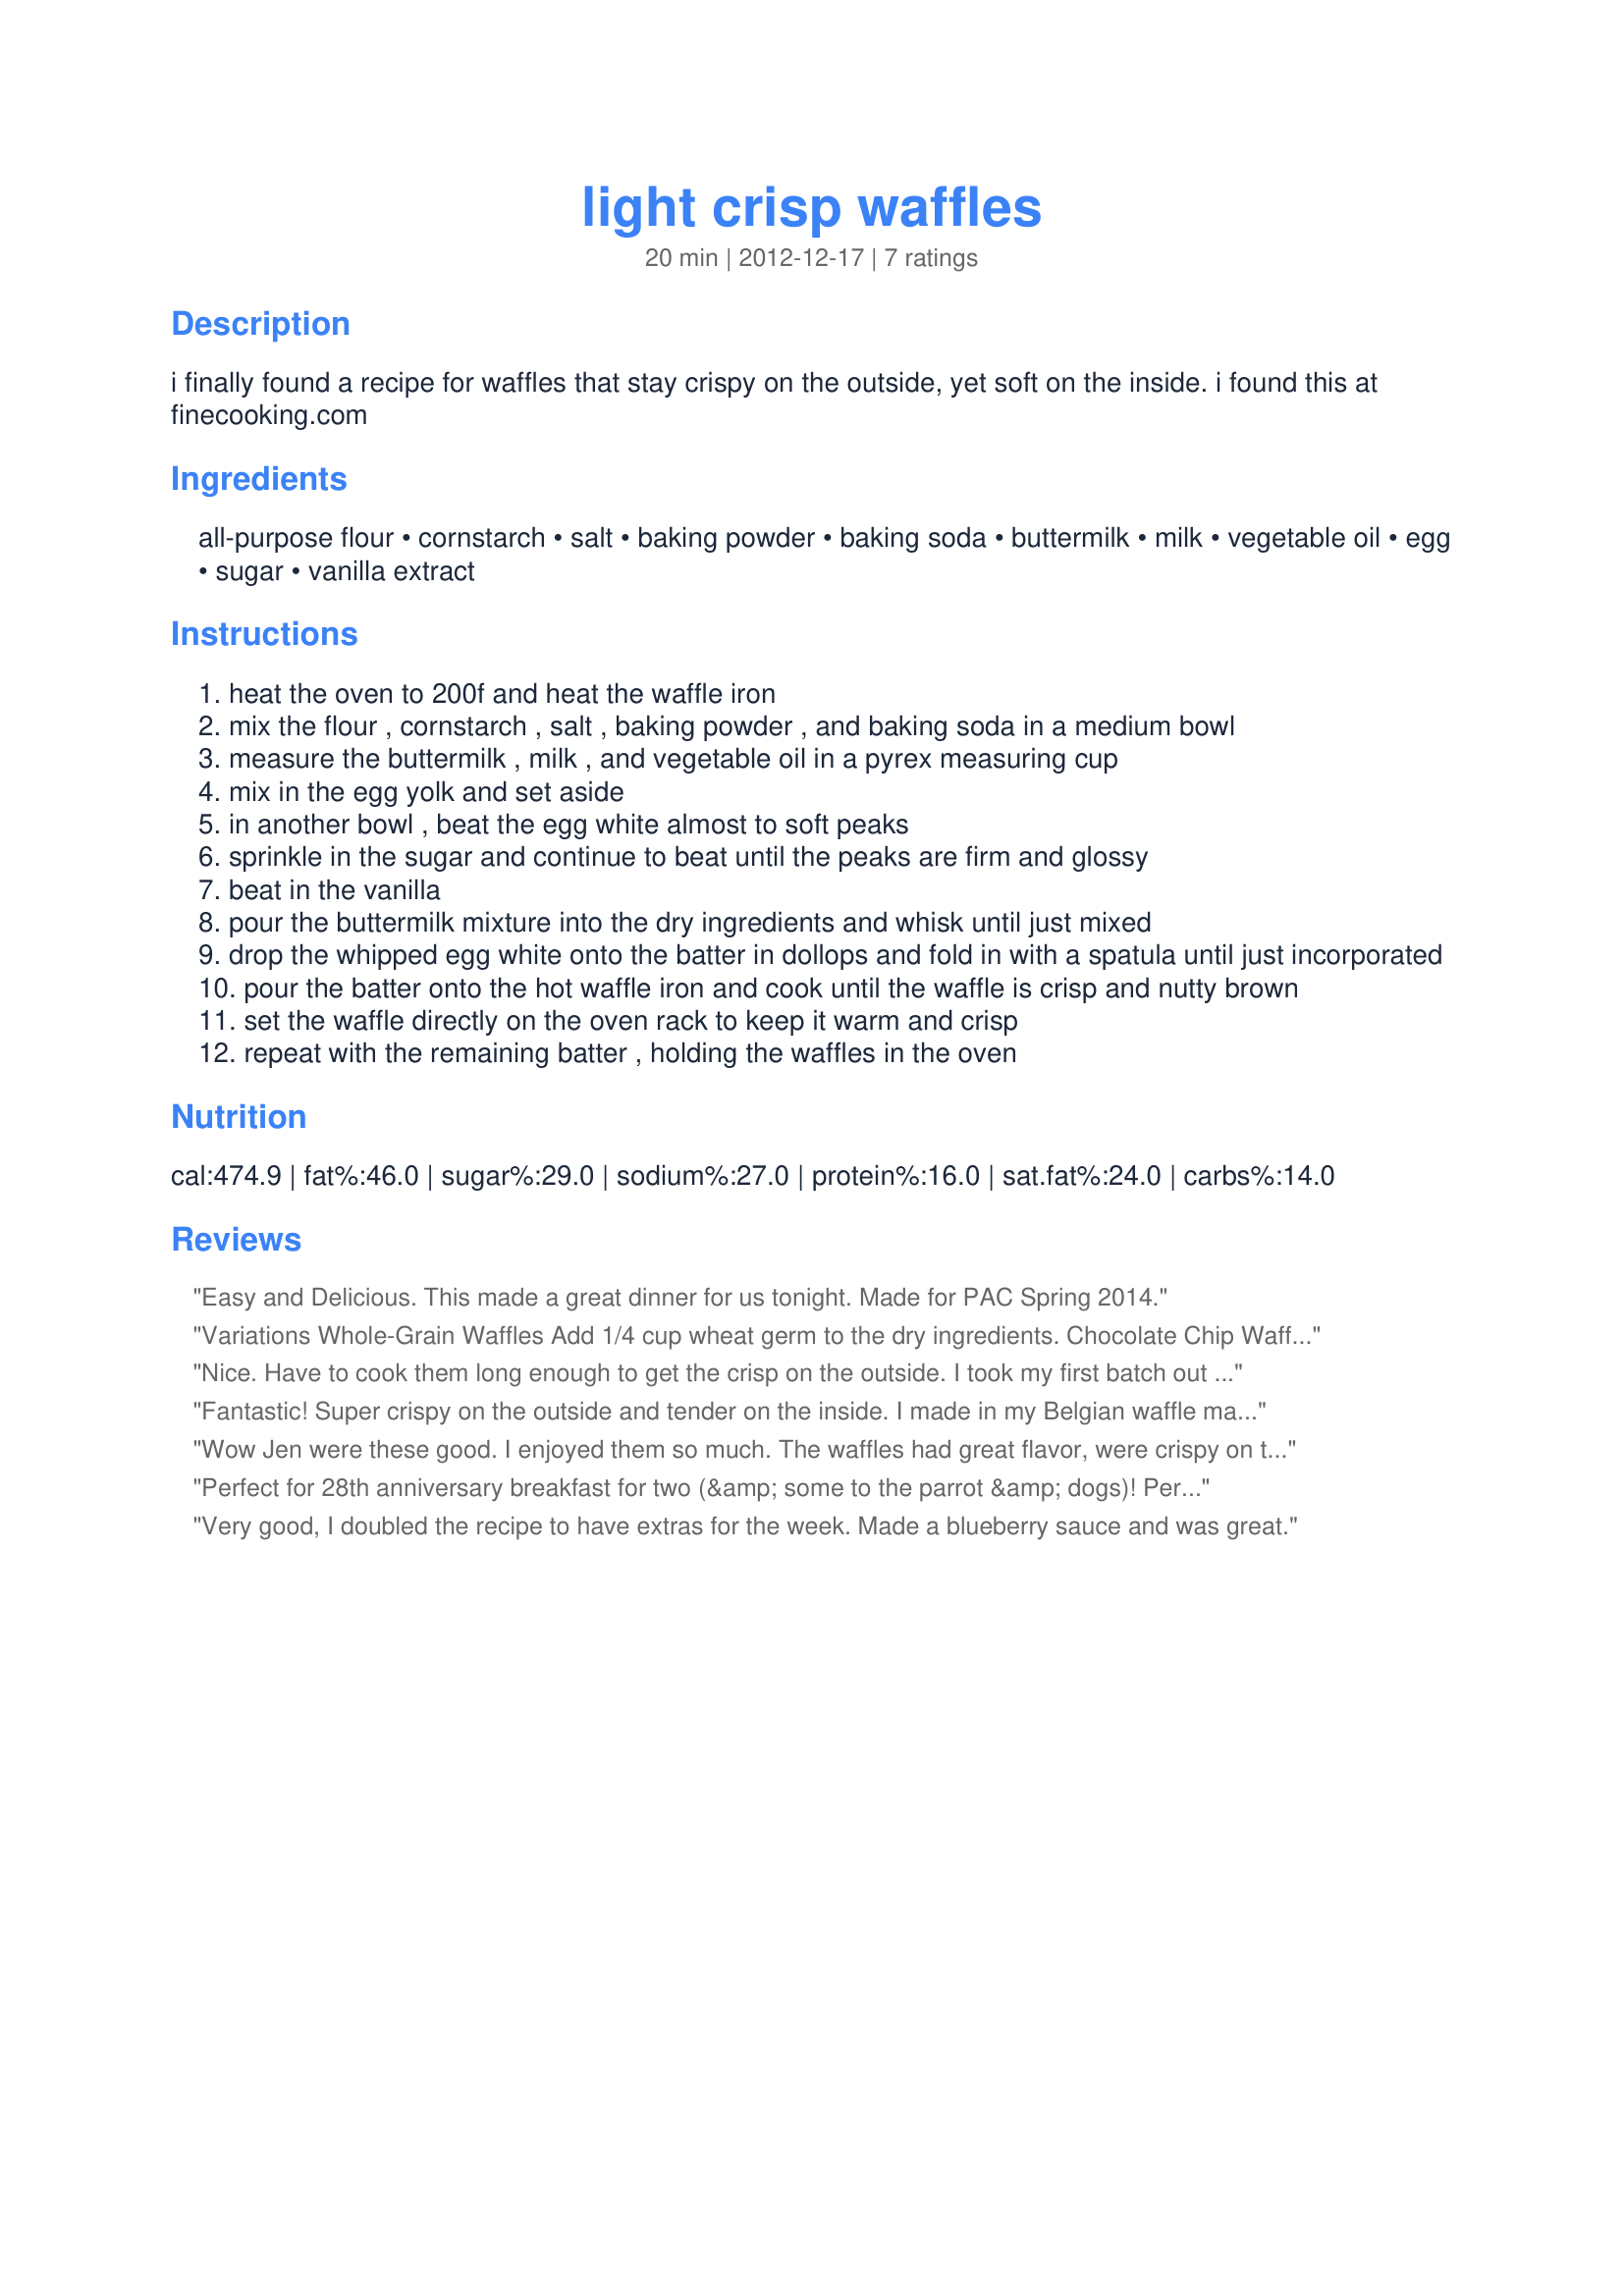
light crisp waffles
Preparation time: 20 minutes

i finally found a recipe for waffles that stay crispy on the outside, yet soft on the inside. i found this at finecooking.com

Ingredients:
all-purpose flour, cornstarch, salt, baking powder, baking soda, buttermilk, milk, vegetable oil, egg, sugar, vanilla extract

Steps:
heat the oven to 200f and heat the waffle iron
mix the flour , cornstarch , salt , baking powder , and baking soda in a medium bowl
measure the buttermilk , milk , and vegetable oil in a pyrex measuring cup
mix in the egg yolk and set aside
in another bowl , beat the egg white almost to soft peaks
sprinkle in the sugar and continue to beat until the peaks are firm and glossy
beat in the vanilla
pour the buttermilk mixture into the dry ingredients and whisk until just mixed
drop the whipped egg white onto the batter in dollops and fold in with a spatula until just incorporated
pour the batter onto the hot waffle iron and cook until the waffle is crisp and nutty brown
set the waffle directly on the oven rack to keep it warm and crisp
repeat with the remaining batter , holding the waffles in the oven

Reviews:
Easy and Delicious. This made a great dinner for us tonight. Made for PAC Spring 2014.
Variations Whole-Grain Waffles Add 1/4 cup wheat germ to the dry ingredients. Chocolate Chip Waffles Stir 1/2 cup coarsely chopped chocolate chips (or 1/2 cup mini chocolate chips) into the batter. Cornmeal Waffles Substitute 1/2 cup cornmeal for 1/2 cup of the flour (keep the cornstarch). Cranberry Orange Waffles Stir 2 tsp. finely grated orange zest and 1/2 cup coarsely chopped dried cranberries into the batter.
Nice. Have to cook them long enough to get the crisp on the outside. I took my first batch out too early and they were floppy.
Fantastic! Super crispy on the outside and tender on the inside. I made in my Belgian waffle maker and got 3 1/2 waffles; next time will need to double it. Will be my go-to waffle recipe! Made for I Recommend Tag.
Wow Jen were these good. I enjoyed them so much. The waffles had great flavor, were crispy on the outside but soft and tender on the inside. So very yummy. I served them with simple icing sugar and a little butter, The sign of a great waffle, when they don&#039;t need any sauce or syrup to be wonderful. These waffles really shone. Thanks for sharing a recipe that I will make again. Made for Pac Spring Safari 2013.
Perfect for 28th anniversary breakfast for two (&amp; some to the parrot &amp; dogs)! Perfect Belgian waffles - crispy outside, tender inside &amp; not too much leftover! Total keeper recipe for special occasions. Thanks for posting Jen in Victoria, BC.
Very good, I doubled the recipe to have extras for the week. Made a blueberry sauce and was great.
